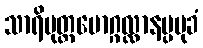
သာရိပုတ္တမောဂ္ဂလ္လာနပ္ပမုခံ